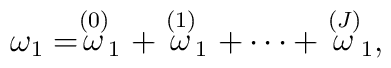
\omega _{1}=\stackrel{\left( 0\right) }{\omega }_{1}+\stackrel{\left(1\right) }{\omega }_{1}+\cdots +\stackrel{\left( J\right) }{\omega }_{1},